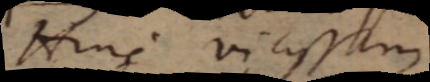
Hinc vicissim